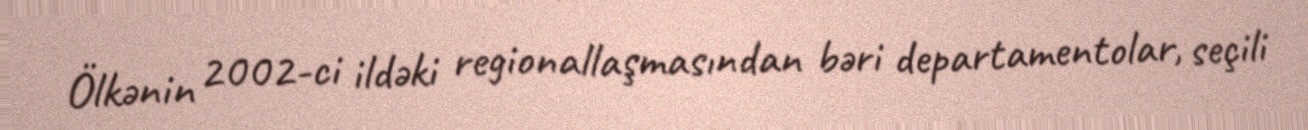
Ölkənin 2002-ci ildəki regionallaşmasından bəri departamentolar, seçili